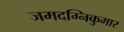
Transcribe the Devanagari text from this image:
जमदग्निकुमार